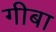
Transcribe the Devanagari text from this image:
गीबा